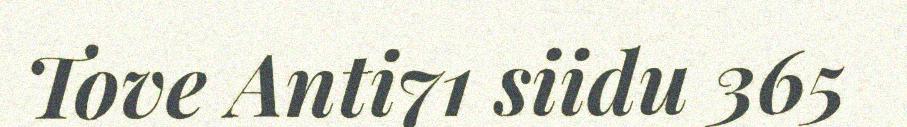
Tove Anti71 siidu 365